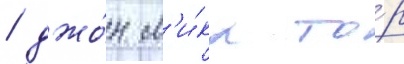
/ джо́н м'и́кл то́р